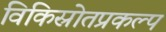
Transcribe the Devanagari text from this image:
विकिस्रोतप्रकल्प